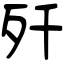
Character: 歼